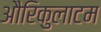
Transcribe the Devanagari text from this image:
औरिकुलाटम